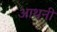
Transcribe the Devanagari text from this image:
आथनी